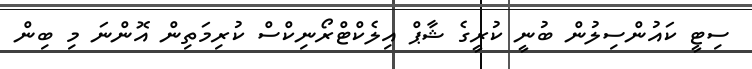
ސިޓީ ކައުންސިލުން ބުނީ ކުރީގެ ޝާޕް އިލެކްޓްރޯނިކްސް ކުރިމަތިން އޮންނަ މި ބިން